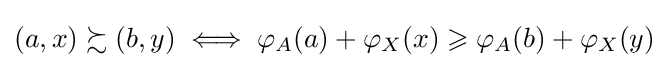
(a,x)\succsim (b,y)\iff \varphi _{A}(a)+\varphi _{X}(x)\geqslant \varphi _{A}(b)+\varphi _{X}(y)